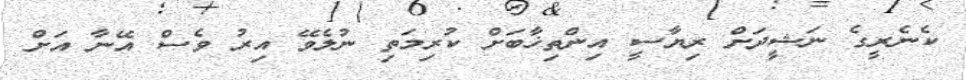
ކެނެރީގެ ނަޝީދަށް ރިޔާސީ އިންތިޚާބަށް ކުރިމަތި ނުލެވޭ އިރު ވެސް އޭނާ އަށް